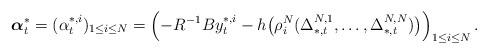
\begin{align*}\boldsymbol{\alpha}_t^*=(\alpha_t^{*,i})_{1\leq i\leq N}=\left(-R^{-1}By_t^{*,i}-h\big(\rho_i^N(\Delta^{N,1}_{*,t},\ldots,\Delta^{N,N}_{*,t})\big)\right)_{1\leq i\leq N}.\end{align*}